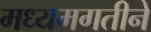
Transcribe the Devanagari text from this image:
मध्यमगतीने